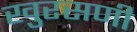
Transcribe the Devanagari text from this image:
खुरसणी